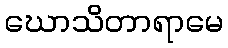
ဃောသိတာရာမေ